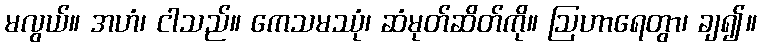
မလွယ်။ အဟံ၊ ငါသည်။ ကေသမဿုံ၊ ဆံမုတ်ဆိတ်ကို။ ဩဟာရေတွာ၊ ချ၍။